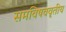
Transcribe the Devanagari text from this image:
समविषववृतीय